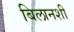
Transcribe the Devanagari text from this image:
बिलानशी